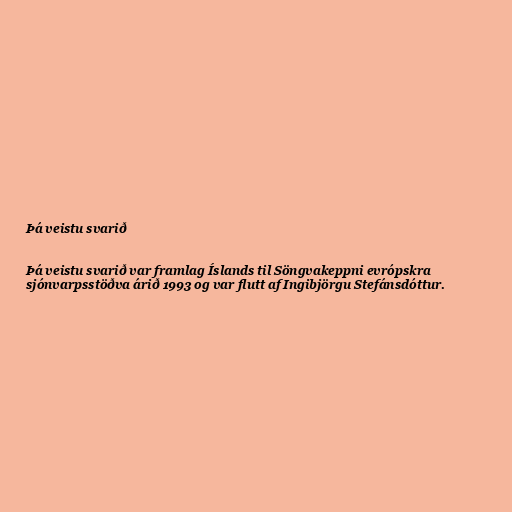
Þá veistu svarið

Þá veistu svarið var framlag Íslands til Söngvakeppni evrópskra
sjónvarpsstöðva árið 1993 og var flutt af Ingibjörgu Stefánsdóttur.